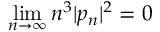
\operatorname * { l i m } _ { n \rightarrow \infty } n ^ { 3 } | p _ { n } | ^ { 2 } = 0